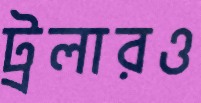
ট্রলারও